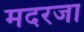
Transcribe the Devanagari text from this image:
मदरजा